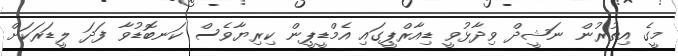
މީގެ އިތުރުން ނަޝީދް ވިދާޅުވީ ޑިއާރްޕީގައި އެމްޑީޕީން ކިރިޔާވެސް ކަނބޮޑުވާ ފަދަ ލީޑަރަކަށް